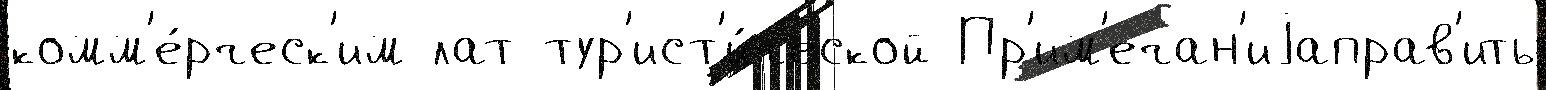
комм'е́рческ'им лат тур'ист'и́ческой Пр'им'ечан'иjаправ'ить